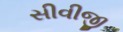
સીવીજી